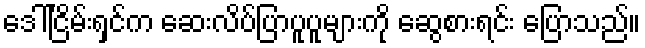
ဒေါ်ငြိမ်းရှင်က ဆေးလိပ်ပြာပူပူများကို ဆွေစားရင်း ပြောသည်။